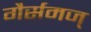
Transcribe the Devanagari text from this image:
गैर्समज्